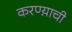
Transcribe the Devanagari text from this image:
करण्य़ाची